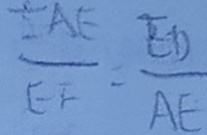
\frac { \frac { 1 } { 2 } A E } { E F } = \frac { E D } { A E }